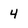
Character: 4